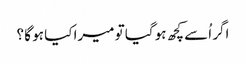
اگر اُسے کچھ ہو گیا تو میرا کیا ہو گا ؟